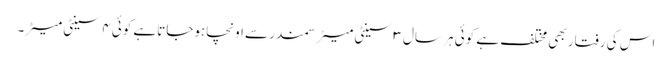
اس کی رفتار بھی مختلف ہے کوئی ہر سال ۳ سینٹی میٹرسمندر سے اونچاہوجاتاہے کوئی ۴ سینٹی میٹر۔